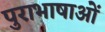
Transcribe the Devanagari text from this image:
पुराभाषाओं